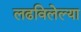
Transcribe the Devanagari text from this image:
लढविलेल्या